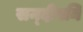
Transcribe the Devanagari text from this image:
सन्‍दीपनि